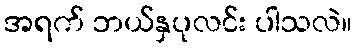
အရက် ဘယ်နှပုလင်း ပါသလဲ။